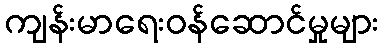
ကျန်းမာရေးဝန်ဆောင်မှုများ